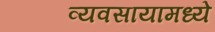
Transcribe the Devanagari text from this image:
व्यवसायामध्ये